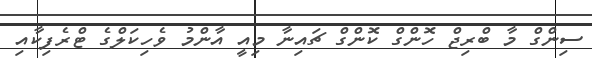
ސިންގް މާ ބްރިޖް ހޮންގް ކޮންގް ޗައިނާ މިއީ އާންމު ވެހިކަލްގެ ޓްރެފިކާއި